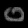
Digit: ၀